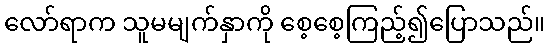
လော်ရာက သူမမျက်နှာကို စေ့စေ့ကြည့်၍ပြောသည်။